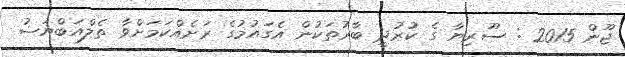
ޖޫން 2015 : ސޫރިޔާ ގެ ކުރުދީ ބާރުތަކުން އެގައުމުގެ ރަށެއްކަމަށްވާ ތެލްއަބްޔަޟު